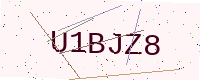
Text: U1BJZ8